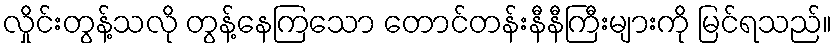
လှိုင်းတွန့်သလို တွန့်နေကြသော တောင်တန်းနီနီကြီးများကို မြင်ရသည်။